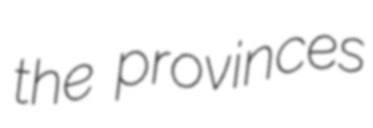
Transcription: the provinces